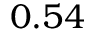
0 . 5 4